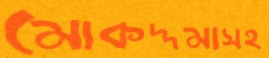
মোকদ্দমাসহ